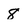
Character: 8